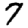
Digit: 7